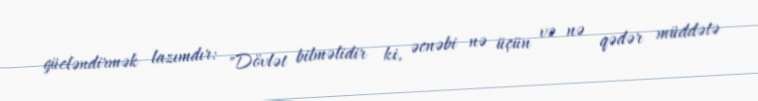
gücləndirmək lazımdır: "Dövlət bilməlidir ki, əcnəbi nə üçün və nə qədər müddətə